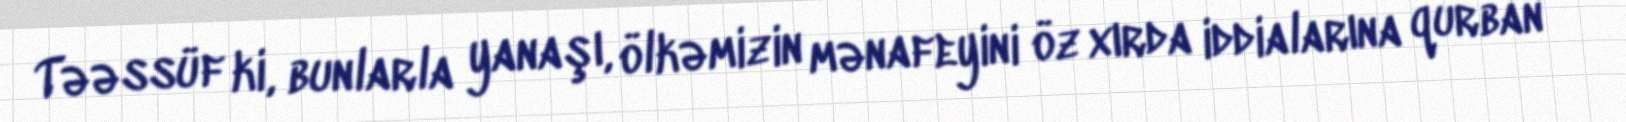
Təəssüf ki, bunlarla yanaşı, ölkəmizin mənafeyini öz xırda iddialarına qurban